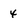
Character: 4